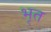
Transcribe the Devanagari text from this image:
भृत